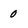
Character: 0